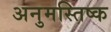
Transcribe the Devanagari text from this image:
अनुमस्तिष्‍क